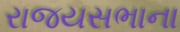
રાજયસભાના